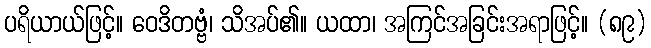
ပရိယာယ်ဖြင့်။ ဝေဒိတဗ္ဗံ၊ သိအပ်၏။ ယထာ၊ အကြင်အခြင်းအရာဖြင့်။ (၈၉)